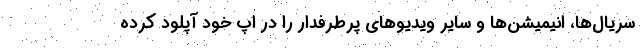
سریال‌ها، انیمیشن‌ها و سایر ویدیوهای پرطرفدار را در اپ خود آپلود کرده